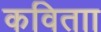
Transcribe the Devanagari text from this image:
कविताा